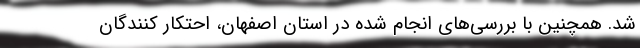
شد. همچنین با بررسی‌های انجام شده در استان اصفهان، احتکار کنندگان